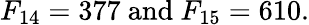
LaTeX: F_{14}=377{\mathrm{~and~}}F_{15}=610.